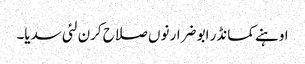
اوہنے کمانڈر ابو ضرار نوں صلاح کرن لئی سدیا۔